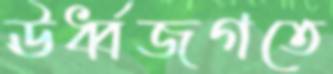
ঊর্ধ্বজগতে